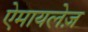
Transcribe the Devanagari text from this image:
ऐमायलेज़